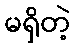
မရှိတဲ့